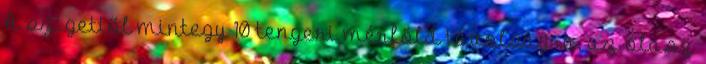
A szigettől mintegy 10 tengeri mérföld távolságra, az olasz